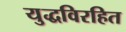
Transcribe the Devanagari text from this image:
युद्धविरहित